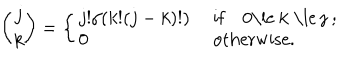
LaTeX: { \binom { j } { k } } = \left\{ \left\{ \begin{cases} { { j ! / ( k ! ( j - k ) ! ) } } & { { i f 0 \le k \le j ; } } \\ { { 0 } } & { { o t h e r w i s e . } } \\ \end{cases} \right. \right.